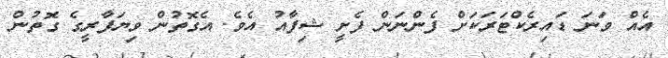
އެއް ވަނަ ޑައިރެކްޓަރަކަށް ފެންނަން ފެށީ ޝިފާއު އެވެ. އެގޮތުން ވިޔަފާރީގެ ގޮތުން